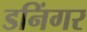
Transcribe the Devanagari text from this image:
डनिंगर